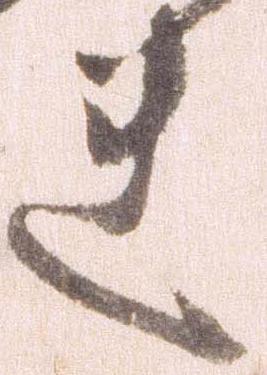
れ